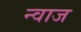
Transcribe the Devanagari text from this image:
न्वाज